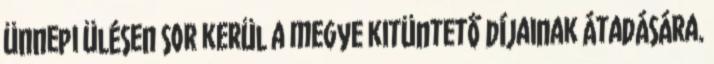
ünnepi ülésen sor kerül a megye kitüntető díjainak átadására.